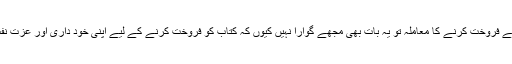
رہ گیا کتاب چھاپ کر اسے فروخت کرنے کا معاملہ تو یہ بات بھی مجھے گوارا نہیں کیوں کہ کتاب کو فروخت کرنے کے لیے اپنی خود داری اور عزت نفس کو نیلام کرنا پڑتا ہے۔